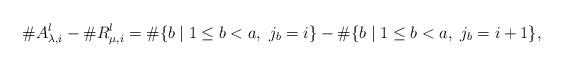
LaTeX: \begin{align*}\# A_{\lambda,i}^{l} - \# R_{\mu,i}^{l} = \# \{ b \mid 1 \leq b < a,\ j_{b} = i \} - \# \{ b \mid 1 \leq b < a,\ j_{b} = i+1 \},\end{align*}